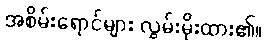
အစိမ်းရောင်များ လွှမ်းမိုးထား၏။